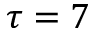
\tau = 7